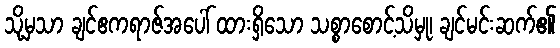
သို့မှသာ ချင်ဧကရာဇ်အပေါ် ထားရှိသော သစ္စာစောင့်သိမှု၊ ချင်မင်းဆက်၏